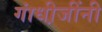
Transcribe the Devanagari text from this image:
गांधी़जींनी